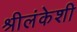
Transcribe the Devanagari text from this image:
श्रीलंकेशी